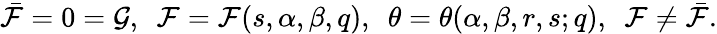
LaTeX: \bar{\cal F}=0={\cal G},\ \ {\cal F}={\cal F}(s,\alpha,\beta,q),\ \ \theta=\theta(\alpha,\beta,r,s;q),\ \ {\cal F}\not=\bar{\cal F}.